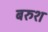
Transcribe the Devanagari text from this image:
बरुश